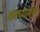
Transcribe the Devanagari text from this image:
कवच्यामध्ये